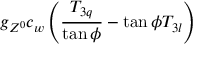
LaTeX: g _ { Z ^ { 0 } } c _ { w } \left( { { \frac { T _ { 3 q } } { \tan \phi } } - \tan \phi T _ { 3 l } } \right)